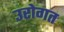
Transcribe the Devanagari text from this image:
उरोगत